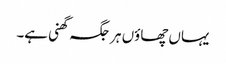
یہاں چھاوٴں ہر جگہ گھنی ہے۔